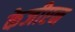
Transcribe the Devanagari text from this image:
केजीएन